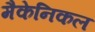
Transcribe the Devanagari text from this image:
मैकेनिकल